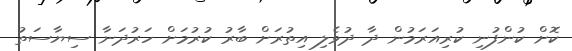
ކޮށް ކުންފުނި ކުރިއަރަމުން ދާ ދުވެލި އިތުރަށް ބާރު ކުރުމަށް ހަރުދަނާ ސިޔާސަތު